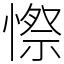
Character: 憏